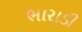
ભારાડી